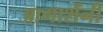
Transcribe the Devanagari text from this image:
आगाशेंनी